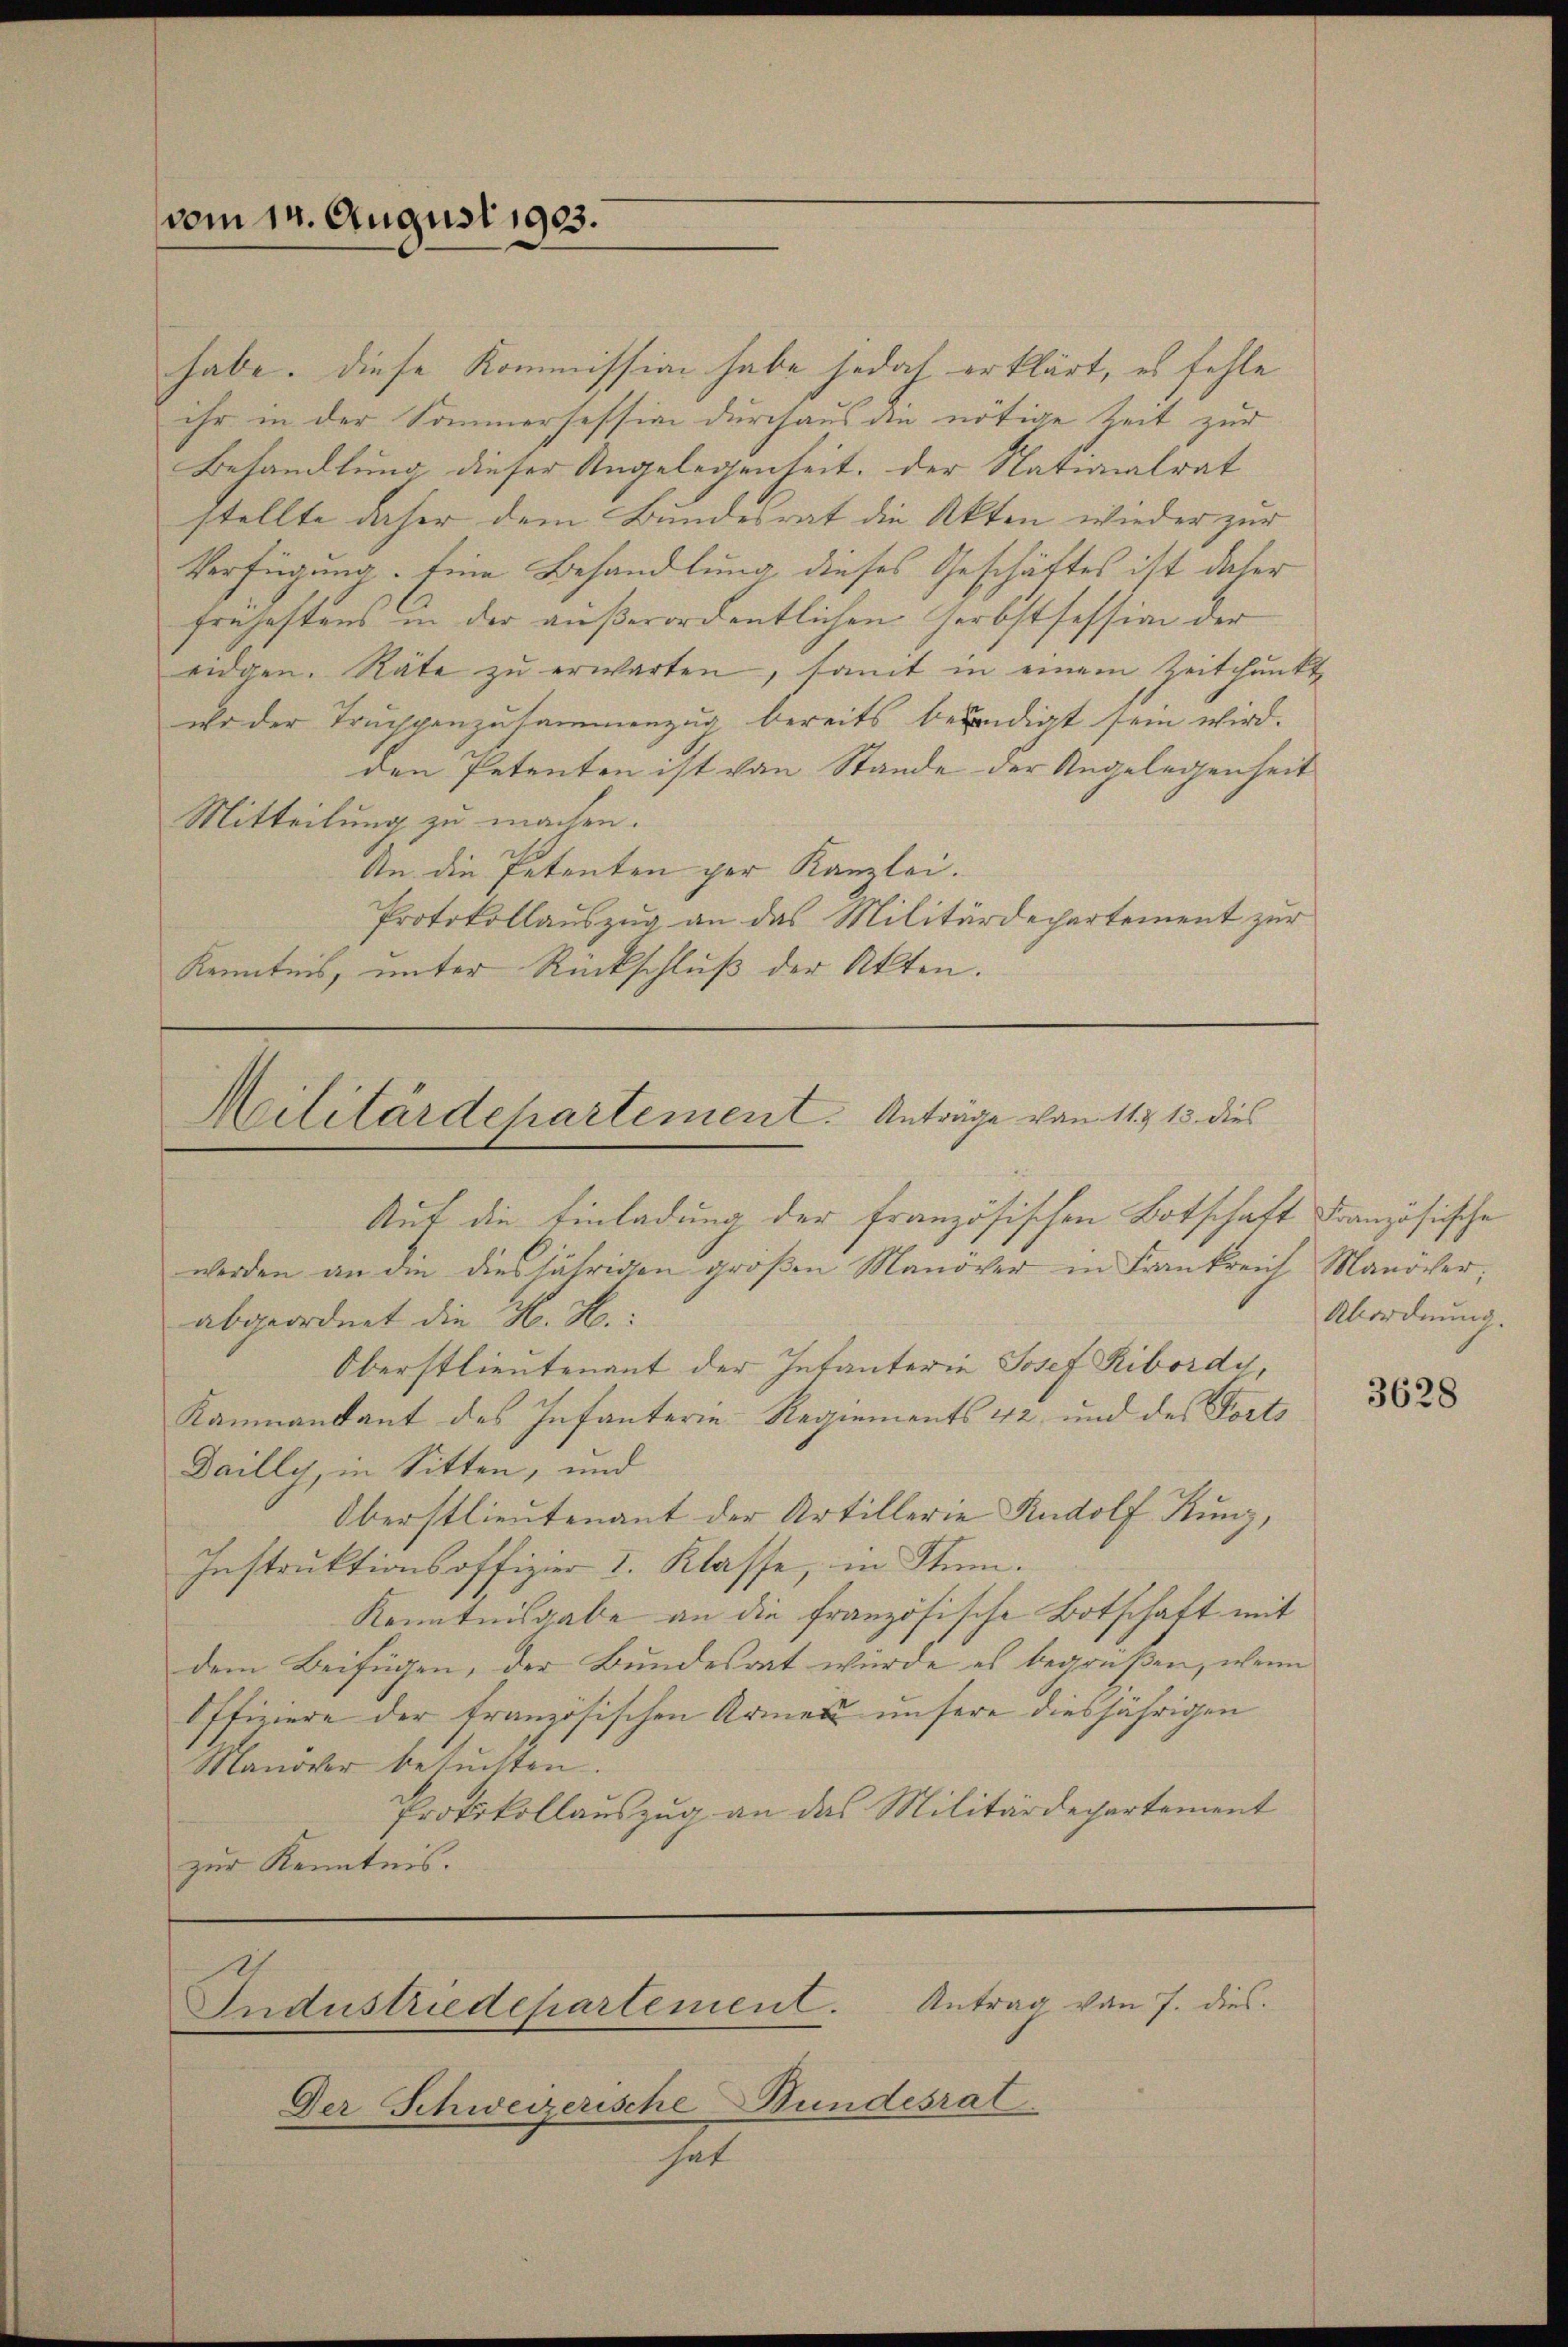
vom 14. August 1903.

habe. Diese Kommission habe jedoch erklärt, es fehle
ihr in der Sommersession durchaus die nötige Zeit zur
Behandlung dieser Angelegenheit, der Nationalrat
stellte daher dem Bundesrat die Akten wieder zur
Verfügung. Eine Behandlung dieses Geschäftes ist dieser
frühestens in der außerordentlichen Herbstfession der
eidgen. Räte zŭ erwarten, somit in einem Zeitpunkt
wo der Truppenzusammenzug bereits beendigt sein wird.
den Petenten ist von Stande der Angelegenheit
Mitteilung zu machen.
An die Petenten per Kanzlei.
Protokollauszug an das Militärdepartement zur
Kenntnis, unter Rückschluß der Akten.

Militärdepartement. Anträge von 11. 13. dies
Auf die Einladung der französischen Botschaft Französische

werden an die diesjährigen größen Manöver in Frankreich Manöver,
abgeordnet die H. H.
Oberstlieutenant der Infanteria Josef Ribordy,
Kammandant des Infanterie Regiements 42 und des Forts
Dailly, in Sitten, und
Oberstlieutenant der Artillerie Rudolf Kunz,
Instruktionsoffizier I. Klasse, in Stim¬
Kenntnisgabe an die französische Botschaft mit
dem Beifügen, der Bundesrat wurde es begrüßen, wenn
Offiziere der französischen Armen unsere diesjährigen
Manöver besuchten.
Protokollauszug an das Militärdepartement
zur Kenntnis.

Industriedepartement. Antrag von 7. dies

Der Schweizerische Bundesrat.
7

Abordnung.

3628